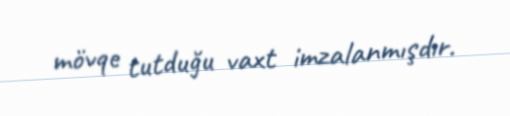
mövqe tutduğu vaxt imzalanmışdır.